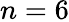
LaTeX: n=6